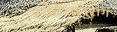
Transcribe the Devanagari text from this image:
स्वदेशानुराग